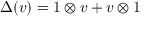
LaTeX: \Delta ( v ) = 1 \otimes v + v \otimes 1